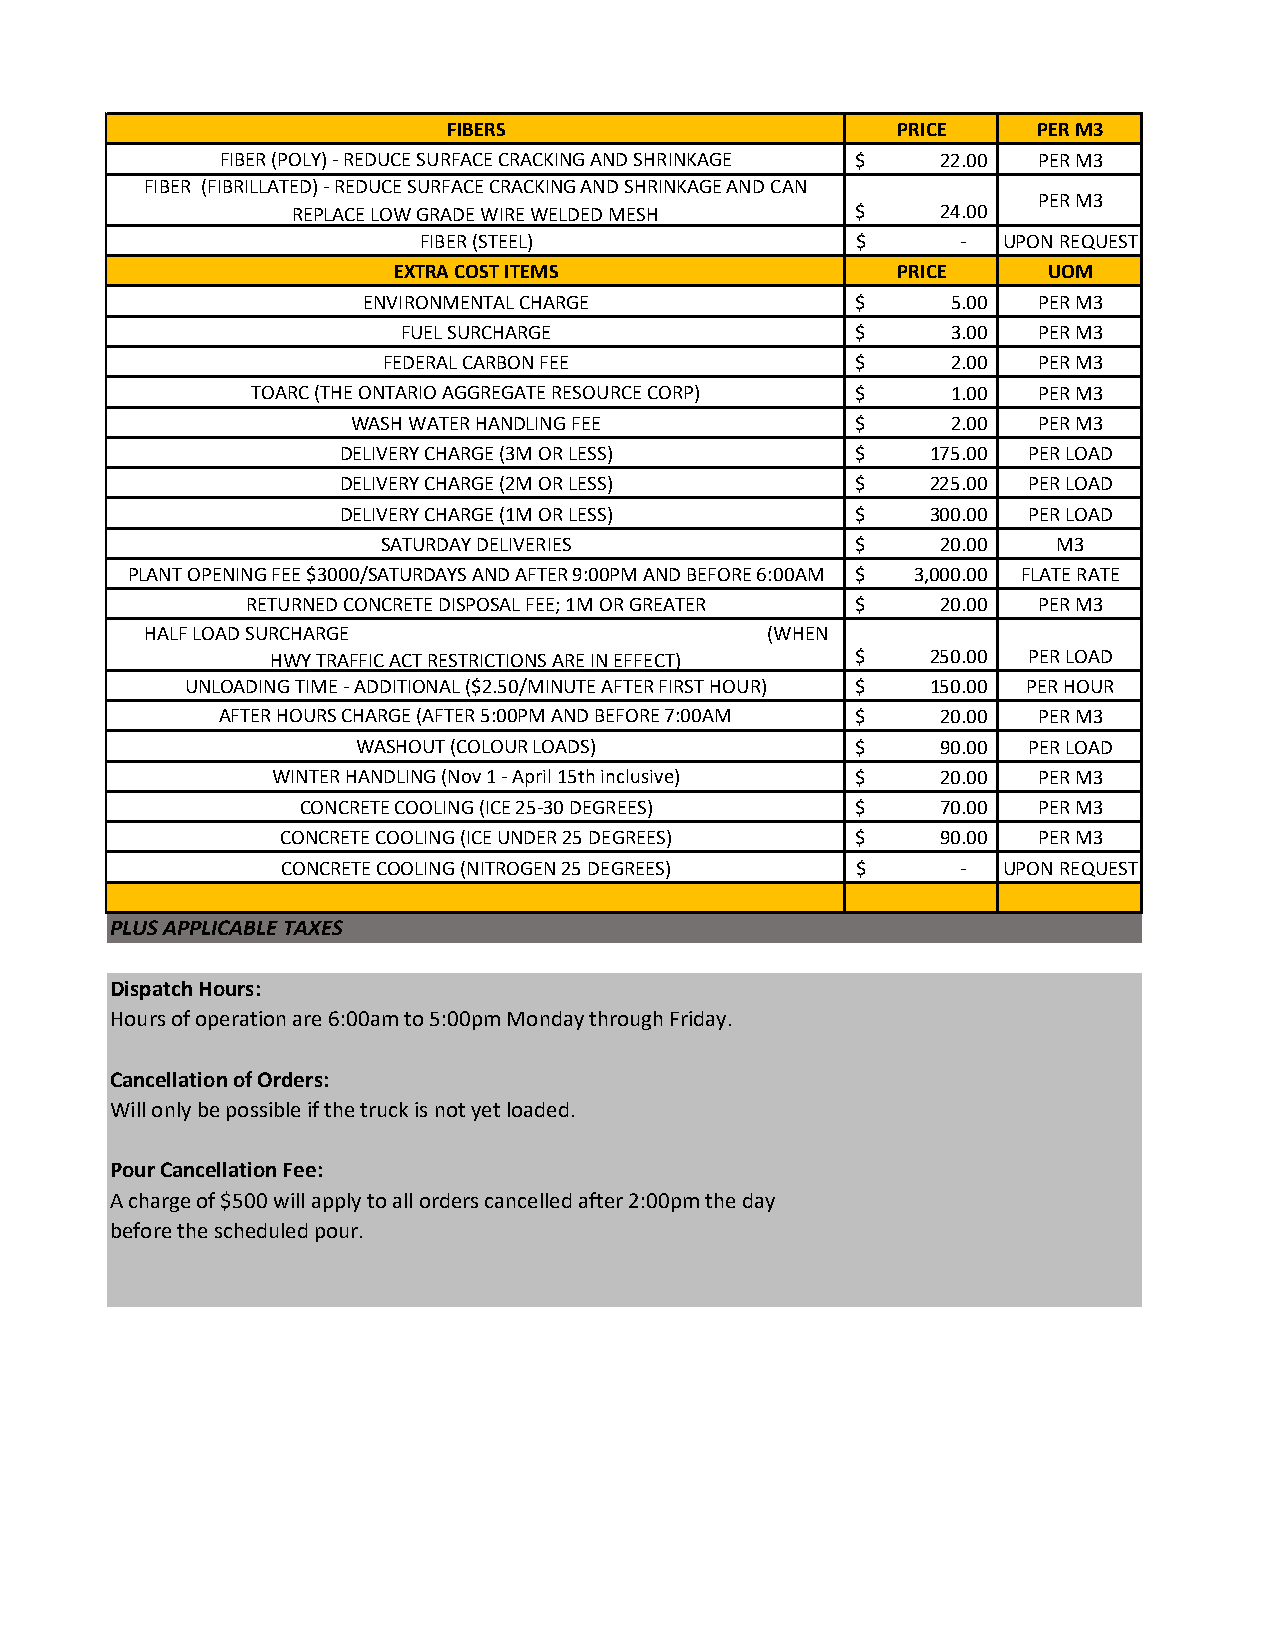
FIBERS                       PRICE     PER M3
 FIBER (POLY) - REDUCE SURFACE CRACKING AND SHRINKAGE $ 22.00 PER M3
 FIBER (FIBRILLATED) - REDUCE SURFACE CRACKING AND SHRINKAGE AND CAN
 PER M3
 REPLACE LOW GRADE WIRE WELDED MESH    $    24.00
 FIBER (STEEL)                $      - UPON REQUEST
 EXTRA COST ITEMS                 PRICE     UOM
 ENVIRONMENTAL CHARGE             $     5 .00 PER M3
 FUEL SURCHARGE                $     3 .00 PER M3
 FEDERAL CARBON FEE              $     2 .00 PER M3
 TOARC (THE ONTARIO AGGREGATE RESOURCE CORP) $ 1 .00 PER M3
 WASH WATER HANDLING FEE           $     2 .00 PER M3
 DELIVERY CHARGE (3M OR LESS)       $    175.00 PER LOAD
 DELIVERY CHARGE (2M OR LESS)       $    225.00 PER LOAD
 DELIVERY CHARGE (1M OR LESS)       $    300.00 PER LOAD
 SATURDAY DELIVERIES             $    20.00   M3
 PLANT OPENING FEE $3000/SATURDAYS AND AFTER 9:00PM AND BEFORE 6:00AM $ 3,000.00 FLATE RATE
 RETURNED CONCRETE DISPOSAL FEE; 1M OR GREATER $ 20.00 PER M3
 HALF LOAD SURCHARGE                      (WHEN
 HWY TRAFFIC ACT RESTRICTIONS ARE IN EFFECT) $ 250.00 PER LOAD
 UNLOADING TIME - ADDITIONAL ($2.50/MINUTE AFTER FIRST HOUR) $ 150.00 PER HOUR
 AFTER HOURS CHARGE (AFTER 5:00PM AND BEFORE 7:00AM $ 20.00 PER M3
 WASHOUT (COLOUR LOADS)           $    90.00 PER LOAD
 WINTER HANDLING (Nov 1 - April 15th inclusive) $ 20.00 PER M3
 CONCRETE COOLING (ICE 25-30 DEGREES) $    70.00  PER M3
 CONCRETE COOLING (ICE UNDER 25 DEGREES) $  90.00  PER M3
 CONCRETE COOLING (NITROGEN 25 DEGREES) $     - UPON REQUEST
 PLUS APPLICABLE TAXES
 Dispatch Hours:
 Hours of operation are 6:00am to 5:00pm Monday through Friday.
 Cancellation of Orders:
 Will only be possible if the truck is not yet loaded.
 Pour Cancellation Fee:
 A charge of $500 will apply to all orders cancelled after 2:00pm the day
 before the scheduled pour.